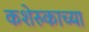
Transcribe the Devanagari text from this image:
कशेरुकाच्या